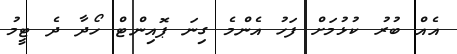
އެއް ބުރު ކުޅުމަށް ފަހު އެންމެ ގިނަ ޕޮއިންޓް ހޯދާ ދެ ޓީމު